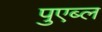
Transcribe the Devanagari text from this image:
पुएब्ल